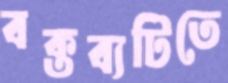
বক্তব্যটিতে